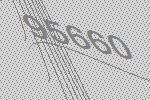
95660